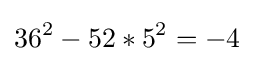
36^{2}-52*5^{2}=-4